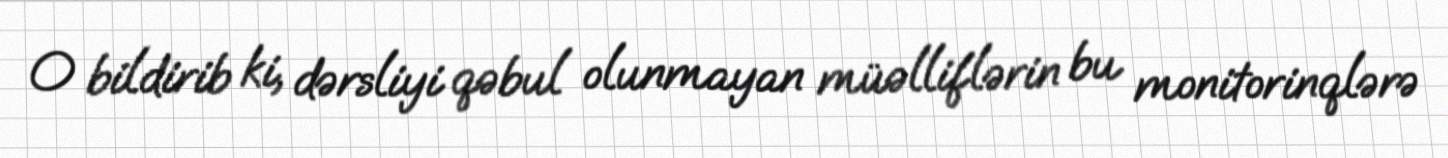
O bildirib ki, dərsliyi qəbul olunmayan müəlliflərin bu monitorinqlərə